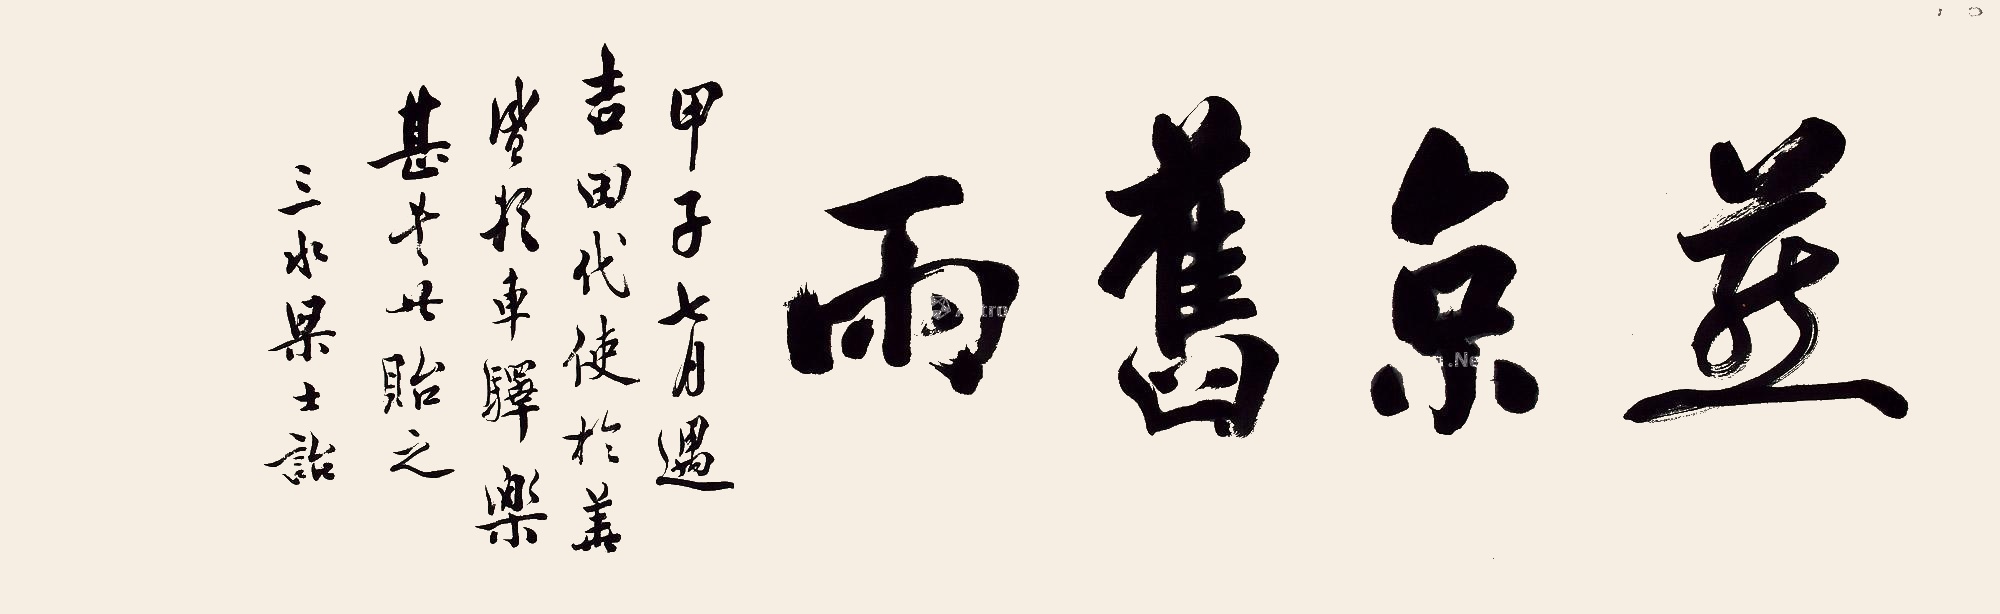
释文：燕京旧雨。甲子七月遇吉田代使于华盛顿车驿，乐甚，书此贻之。三水梁士诒。